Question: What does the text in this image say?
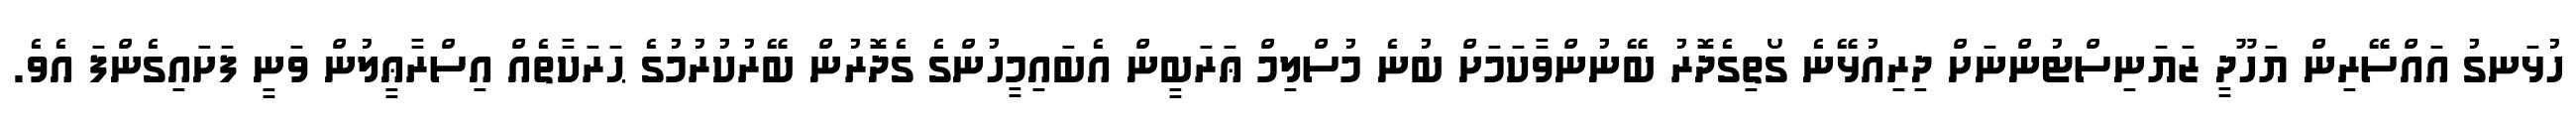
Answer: ހުޅަނގު އައްސޭރިން ޔަހޫދީ ޒަޔަނިސްޓުންނަށް ދިރިއުޅޭނެ ގޯތިގެދޮރު ބޭނުންވާކަމަށް ބުނެ މުސްލިމް ޢަރަބީން އެބައިމީހުންގެ ގެދޮރުން ބޭރުކުރުމުގެ ޙަރަކާތެއް އިސްރާޢީލުން ވަނީ ފަށައިގެންފަ އެވެ.